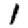
Digit: 1